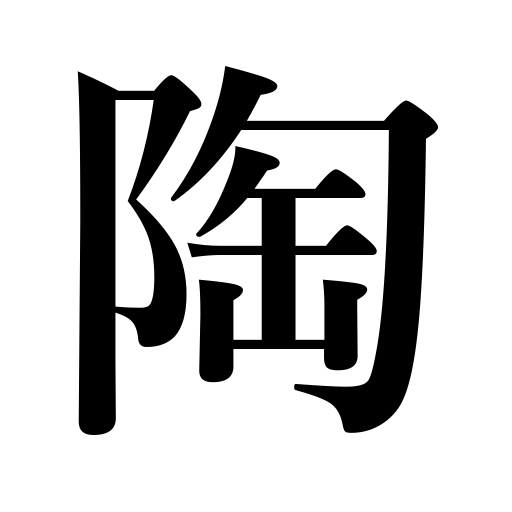
Meanings: pottery,porcelain